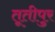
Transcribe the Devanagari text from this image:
तूतीपुर